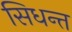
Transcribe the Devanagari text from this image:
सिधन्त